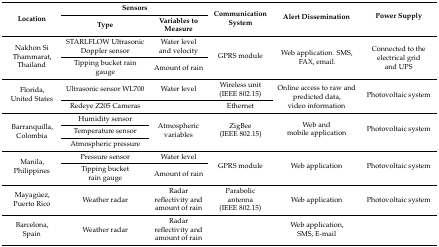
<table><thead><tr><td rowspan="2"><b>Location</b></td><td colspan="2"><b>Sensors</b></td><td rowspan="2"><b>Communication System</b></td><td rowspan="2"><b>Alert Dissemination</b></td><td rowspan="2"><b>Power Supply</b></td></tr><tr><td><b>Type</b></td><td><b>Variables to Measure</b></td></tr></thead><tbody><tr><td rowspan="2">Nakhon Si Thammarat, Thailand</td><td>STARLFLOW Ultrasonic Doppler sensor</td><td>Water level and velocity</td><td rowspan="2">GPRS module</td><td rowspan="2">Web application. SMS, FAX, email.</td><td rowspan="2">Connected to the electrical grid and UPS</td></tr><tr><td>Tipping bucket rain gauge</td><td>Amount of rain</td></tr><tr><td rowspan="2">Florida, United States</td><td>Ultrasonic sensor WL700</td><td>Water level</td><td>Wireless unit (IEEE 802.15)</td><td rowspan="2">Online access to raw and predicted data, video information</td><td rowspan="2">Photovoltaic system</td></tr><tr><td>Redeye Z205 Cameras</td><td></td><td>Ethernet</td></tr><tr><td rowspan="3">Barranquilla, Colombia</td><td>Humidity sensor</td><td rowspan="3">Atmospheric variables</td><td rowspan="3">ZigBee (IEEE 802.15)</td><td rowspan="3">Web and mobile application</td><td rowspan="3">Photovoltaic system</td></tr><tr><td>Temperature sensor</td></tr><tr><td>Atmospheric pressure</td></tr><tr><td rowspan="2">Manila, Philippines</td><td>Pressure sensor</td><td>Water level</td><td rowspan="2">GPRS module</td><td rowspan="2">Web application</td><td rowspan="2">Photovoltaic system</td></tr><tr><td>Tipping bucket rain gauge</td><td>Amount of rain</td></tr><tr><td>Mayagüez, Puerto Rico</td><td>Weather radar</td><td>Radar reflectivity and amount of rain</td><td>Parabolic antenna (IEEE 802.15)</td><td>Web application</td><td>Photovoltaic system</td></tr><tr><td>Barcelona, Spain</td><td>Weather radar</td><td>Radar reflectivity and amount of rain</td><td></td><td>Web application, SMS, E-mail</td><td></td></tr></tbody></table>